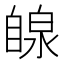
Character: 𫇋